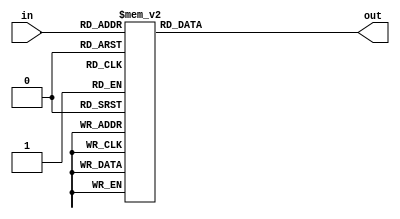
module hex2_7seg(in,out);
  input [3:0] in; /*3210 */
  output [6:0] out; /* abcdefg */
  reg [6:0] out;
 
  always @(*)
    begin
      case (in)
        /*3210*/ /*abcdefg */
         0: out = 7'b0000001;
         1: out = 7'b1001111;
         2: out = 7'b0010010;
         3: out = 7'b0000110;
         4: out = 7'b1001100;
         5: out = 7'b0100100;
         6: out = 7'b0100000;
         7: out = 7'b0001111;
         8: out = 7'b0000000;
         9: out = 7'b0000100;
        10: out = 7'b0001000;
        11: out = 7'b1100000;
        12: out = 7'b0110001;
        13: out = 7'b1000010;
        14: out = 7'b0110000;
        15: out = 7'b0111000;
        default: out = 7'bx;
      endcase
    end
  endmodule